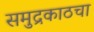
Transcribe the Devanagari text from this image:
समुद्रकाठचा